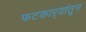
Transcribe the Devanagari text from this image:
फटकाऱ्यांतून